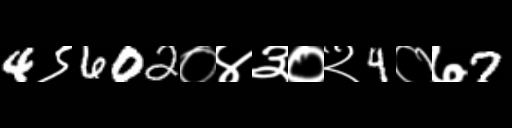
Text: 4९602०४३०२4०७7